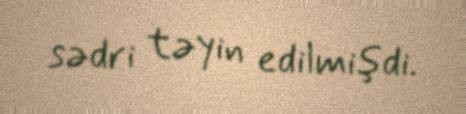
sədri təyin edilmişdi.